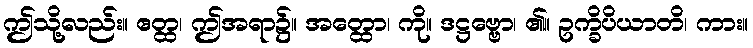
ဤသို့လည်း။ ဧတ္ထ၊ ဤအရာ၌။ အတ္ထော၊ ကို။ ဒဋ္ဌဗ္ဗော၊ ၏။ ဥက္ခိပိယာတိ၊ ကား။